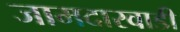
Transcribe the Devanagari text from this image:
जामदारवाडी